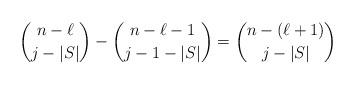
LaTeX: \begin{align*}&\binom{n-\ell}{j-|S|}-\binom{n-\ell-1}{j-1-|S|}=\binom{n-(\ell+1)}{j-|S|}\end{align*}